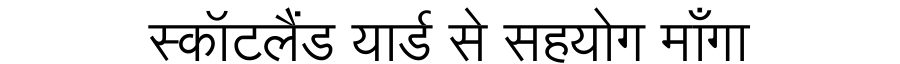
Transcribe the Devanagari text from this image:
स्कॉटलैंड यार्ड से सहयोग माँगा